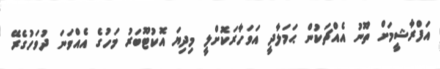
އަފްރާޝީމަށް ތޫނު އެއްޗަކުން ޙަމަލާދީ އަވަހާރަކޮށްލީ މިދިޔަ އޮކުޓޫބަރު މަހުގެ އެއްވަނަ ދުވަހުގެރޭ